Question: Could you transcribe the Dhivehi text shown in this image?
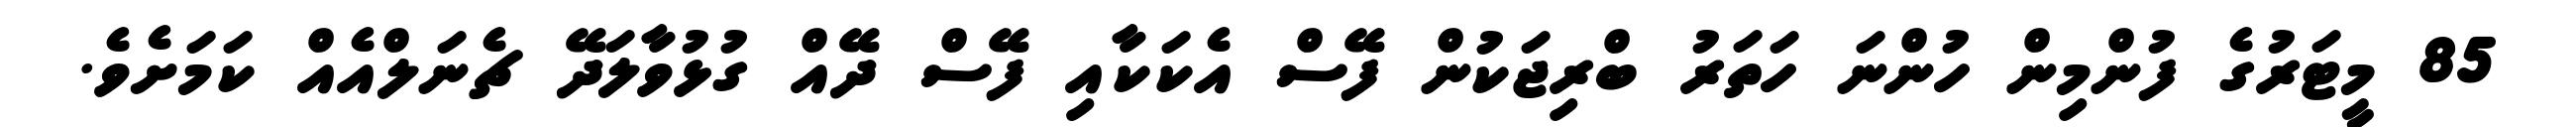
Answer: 85 މީޓަރުގެ ފުންމިން ހުންނަ ހަތަރު ބްރިޖަކުން ފޭސް އެކަކާއި ފޭސް ދޭއް ގުޅުވާލަދޭ ޗެނަލްއެއް ކަމަށެވެ.